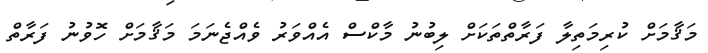
މަޤާމަށް ކުރިމަތިލާ ފަރާތްތަކަށް ލިބުނު މާކްސް އެއްވަރު ވެއްޖެނަމަ މަޤާމަށް ހޮވުނު ފަރާތް